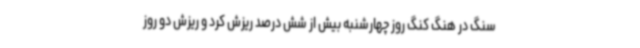
سنگ در هنگ کنگ روز چهارشنبه بیش از شش درصد ریزش کرد و ریزش دو روز